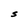
Character: S